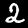
Label: 2